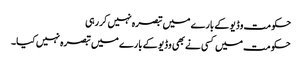
حکومت وڈیو کے بارے میں تبصرہ نہیں کررہی
حکومت میں کسی نے بھی وڈیو کے بارے میں تبصرہ نہیں کیا۔